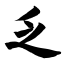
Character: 乏